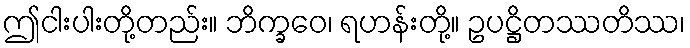
ဤငါးပါးတို့တည်း။ ဘိက္ခဝေ၊ ရဟန်းတို့။ ဥပဋ္ဌိတဿတိဿ၊